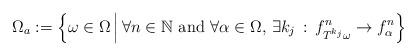
LaTeX: \begin{align*}\Omega_{a}:=\left\{\omega\in \Omega\,\Big|\,\forall n\in\mathbb N \textrm{ and }\forall\alpha\in \Omega,\,\exists k_j\,:\, f^n_{T^{k_j}\omega}\to f^n_\alpha\right\}\end{align*}